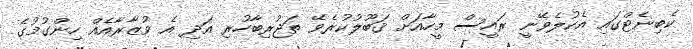
ކެބިނެޓްގައި އެކުލެވޭނީ ރައީސް މީހާއަށް ޤަބޫލުކުރެވޭ ތަޖުރިބާހުރި އަދި އެ ވުޒާރާއެއް ހިންގުމުގެ